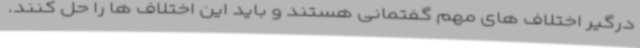
درگیر اختلاف های مهم گفتمانی هستند و باید این اختلاف ها را حل کنند.